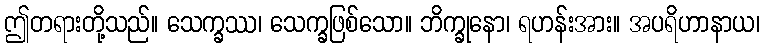
ဤတရားတို့သည်။ သေက္ခဿ၊ သေက္ခဖြစ်သော။ ဘိက္ခုနော၊ ရဟန်းအား။ အပရိဟာနာယ၊